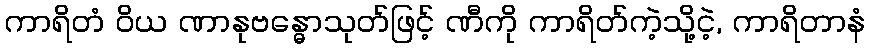
ကာရိတံ ဝိယ ဏာနုဗန္ဓောသုတ်ဖြင့် ဏီကို ကာရိတ်ကဲ့သို့ငဲ့, ကာရိတာနံ